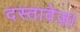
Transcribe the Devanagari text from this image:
दस्तावेज़।